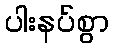
ပါးနပ်စွာ